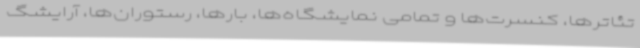
تئاترها، کنسرت‌ها و تمامی نمایشگاه‌ها، بارها،‌ رستوران‌ها، آرایشگ